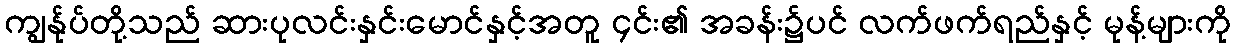
ကျွန်ုပ်တို့သည် ဆားပုလင်းနှင်းမောင်နှင့်အတူ ၄င်း၏ အခန်း၌ပင် လက်ဖက်ရည်နှင့် မုန့်များကို